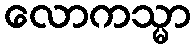
လောကသ္မာ